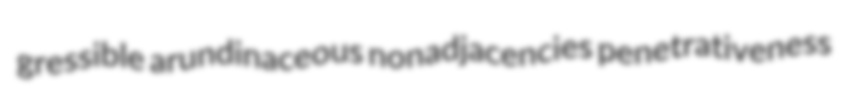
gressible arundinaceous nonadjacencies penetrativeness